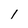
Character: 1